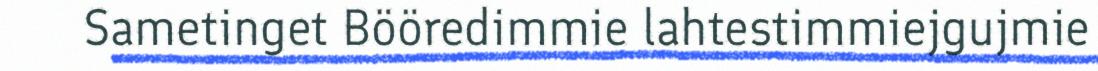
Sametinget Bööredimmie lahtestimmiejgujmie